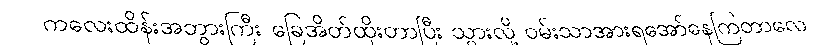
ကလေးထိန်းအဘွားကြီး ခြေအိတ်ထိုးတာပြီး သွားလို့ ဝမ်းသာအားရအော်နေကြတာလေ